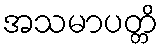
အသမာပတ္တိ